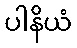
ပါနိယံ